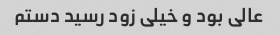
عالی بود و خیلی زود رسید دستم